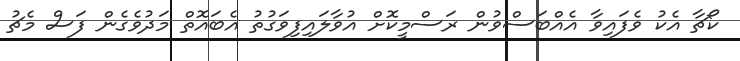
ކޯޗާ އެކު ވެފައިވާ އެއްބަސްވުން ރަސްމީކޮށް އުވާލައިފިވަގުތު އެބައޮތް މަދުވެގެން ފަސް މެޗު